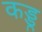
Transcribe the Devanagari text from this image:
कड्डू